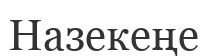
Назекеңе